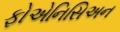
ફોએનિસિઅન